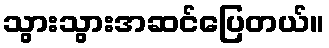
သွားသွားအဆင်ပြေတယ်။